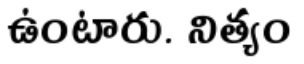
ఉంటారు. నిత్యం